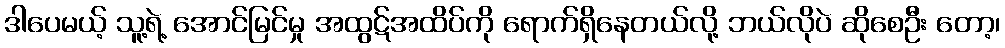
ဒါပေမယ့် သူ့ရဲ့ အောင်မြင်မှု အထွဋ်အထိပ်ကို ရောက်ရှိနေတယ်လို့ ဘယ်လိုပဲ ဆိုစေဦး တော့၊